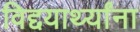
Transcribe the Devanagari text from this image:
विद्दयार्थ्यांना